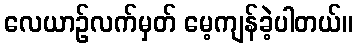
လေယာဉ်လက်မှတ် မေ့ကျန်ခဲ့ပါတယ်။